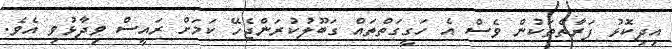
އިދިކޮޅު ފަރާތްތަކުން ވެސް އެ ހަގީގަތްތައް ގަބޫލުކުރަންޖެހޭ ކަމަށް ރައީސް ވިދާޅުވި އެވެ.